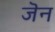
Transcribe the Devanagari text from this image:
जॆन